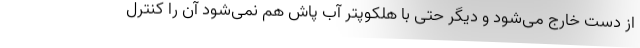
از دست خارج می‌شود و دیگر حتی با هلکوپتر آب پاش هم نمی‌شود آن را کنترل